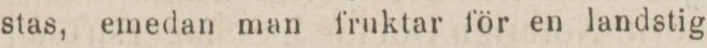
stas, emedan man fruktar för en landstig